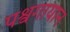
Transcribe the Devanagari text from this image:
पश्वगायान